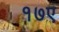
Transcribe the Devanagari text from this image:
१७ए